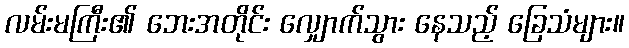
လမ်းမကြီး၏ ဘေးအတိုင်း လျှောက်သွား နေသည့် ခြေသံများ။